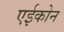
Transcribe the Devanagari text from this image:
एईकोन